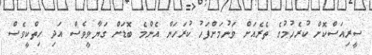
ސީރިއަސްކޮށް ކުރެހުމުގެ ތެރެއަށް ވަނުމަށްފަހު ކުރަހަން އެންމެ ބޮޑަށް ގަޔާވީވެސް އަދި ހިތްކީވެސް